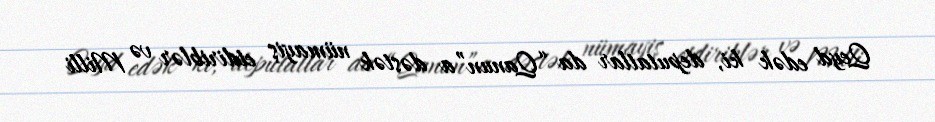
Qeyd edək ki, deputatlar da “Qanun”a dəstək nümayiş etdiriblər və Milli